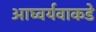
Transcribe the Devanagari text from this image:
आघ्वर्यवाकडे